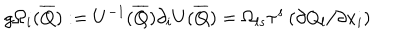
LaTeX: g \Omega _ { i } ( \overline { { Q } } ) : = U ^ { - 1 } ( \overline { { Q } } ) \partial _ { i } U ( \overline { { Q } } ) = \Omega _ { l s } \tau ^ { s } \left( \partial Q _ { l } / \partial x _ { i } \right)